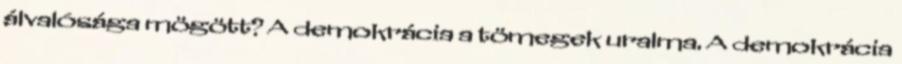
álvalósága mögött? A demokrácia a tömegek uralma. A demokrácia